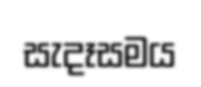
සැදෑසමය